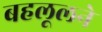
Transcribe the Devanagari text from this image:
बहलूलने